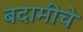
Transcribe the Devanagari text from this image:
बदामीचे